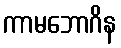
ကာမဘောဂိန